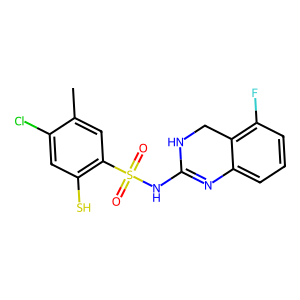
SMILES: Cc1cc(S(=O)(=O)NC2=Nc3cccc(F)c3CN2)c(S)cc1Cl
Inhibits HIV replication: No